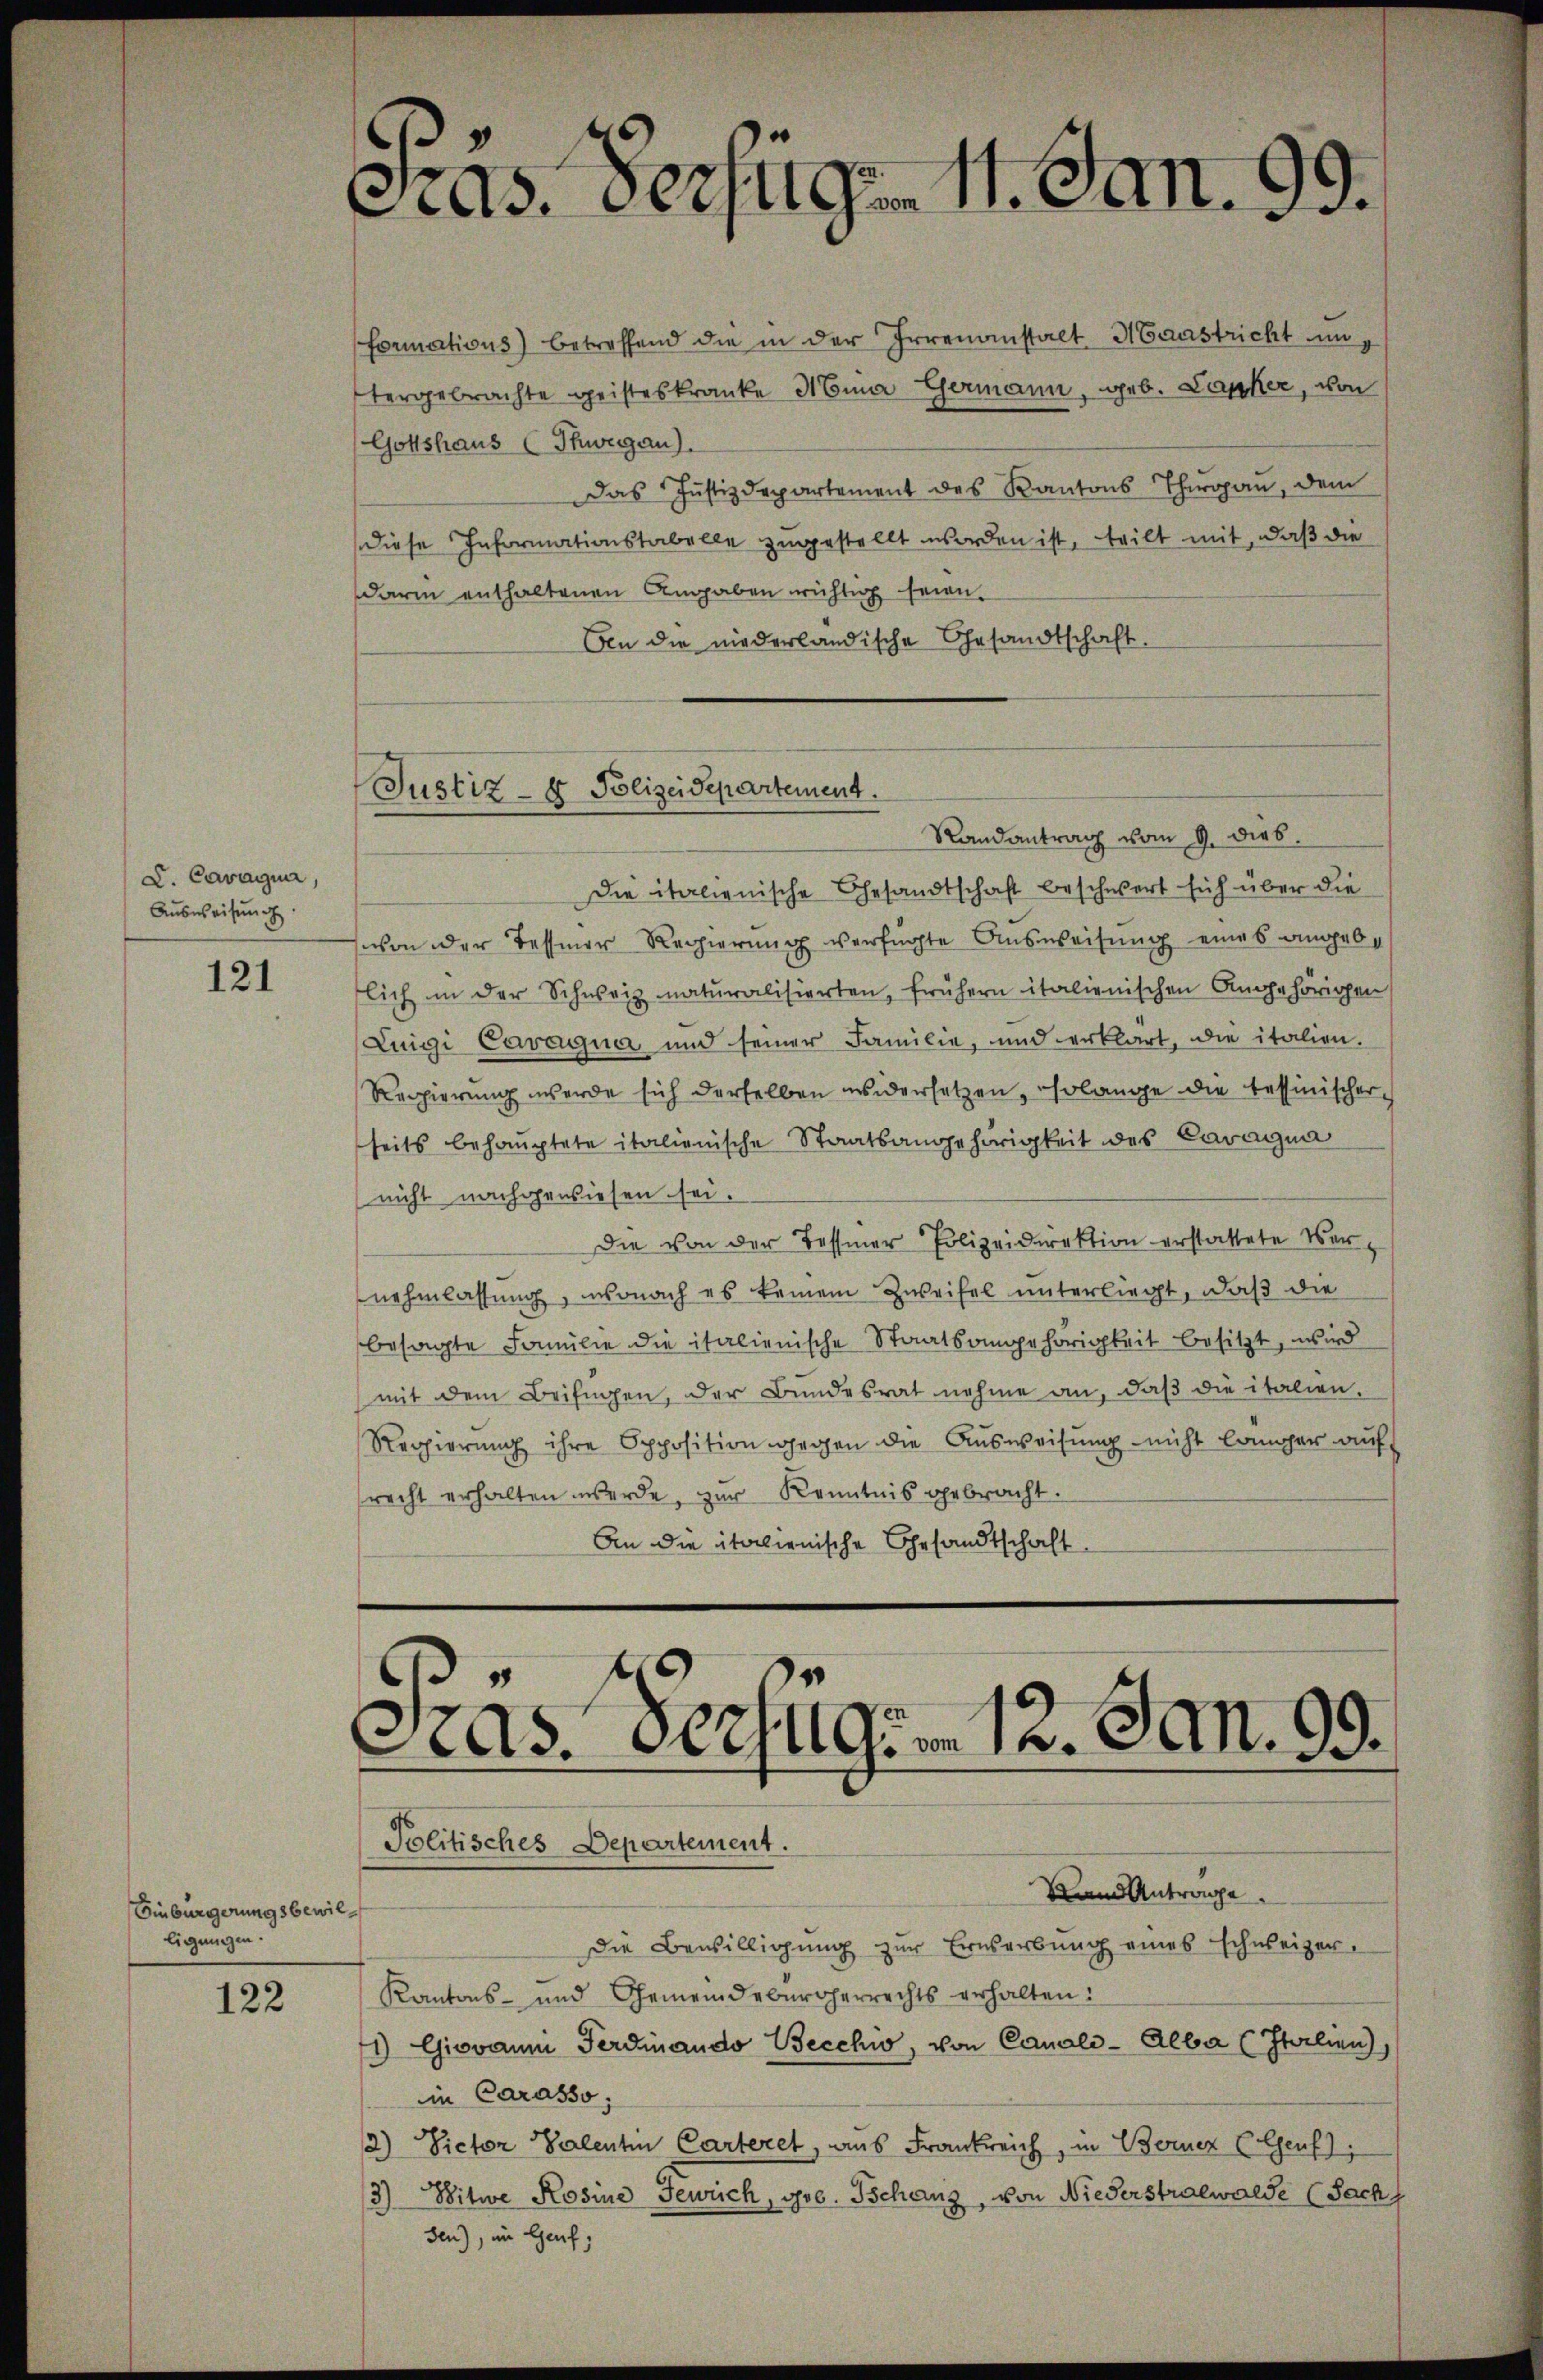
D. Cavagia,
Ausweisung.

121

Einbürgerungsbewilligungen.

122

Cas. Verfügen 1. Jan. 99.

Justiz- & Polizeidepartement.
Randantrag vom 9. dies

formations) betreffend die in der Irrenanstalt Haustricht ung
tergebrachte geisteskranke Anna Germann, geb. Lapper, von
Gottshaus (Schwegen).
Das Justizdepartement des Kantons Thurgau, dem
diese Informationstabelle zugestellt worden ist, teilt mit, daß die
darin enthaltenen Angaben wichtig seien.
ben die niederländische Ehesandtschaft.
Die italienische Gesandtschaft beschwert sich über die
von der Tessiner Regierung verfügte Ausweisung eines angebe
flich in der Schweiz naturalisierten, frühern italienischen Angehörigen
Luigi Cavagna und seiner Familie, und erklärt, die italien-
Regierŭng werde sich derselben widersetzen solange die tessinischer-
seits behauptete italienische Staatsangehörigkeit des Caragna
(nicht nachgewiesen sei.
Die von der Tessiner Polizeidirektion erstattete Vernehmlassung, wonach es keinem Zweifel unterliegt, daß die
besagte Familie die italienische Staatsangehörigkeit besitzt, wird
mit dem Beifügen, der Bundesrat nehme an, daβ die italien-
Regierung ihre Opposition gegen die Ausweisung nicht länger auf
recht erhalten werde, zŭr Kenntnis gebracht.
An die italienische Gesandtschaft.

s
as. Der Germ 12. Jan. 99.
Politisches Departement.
Sum Antrage

Die Bewilligŭng zur Erwerbŭng eines schweizer-
Kantons- und Gemeindebürgerrechts erhalten:
1) Giovanni Ferdinando Becchio, von Canal-Alba (Italien),
in Carasso,
12) Pictor Valentin Carteret, aus Frankreich, in Berner Genf),
3) Witwe Rosine Gewich, geb. Schanz, von Niederstralwalde (Sach
den), im Genf,